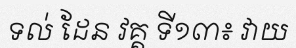
ទល់ ដែន វគ្គ ទី១៣៖ វាយ